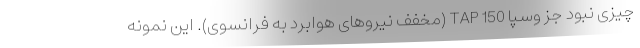
چیزی نبود جز وسپا 150 TAP (مخفف نیروهای هوابرد به فرانسوی). این نمونه